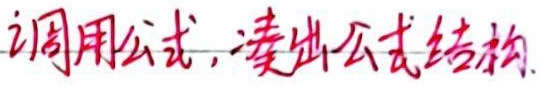
调用公式,凑出公式结构.